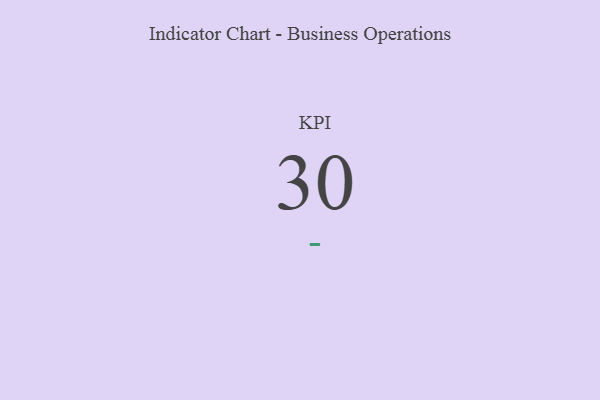
{"axis": {"x": "KPI", "y": "Value"}, "legend": [""], "data": [{"x": "KPI", "y": 30, "type": ""}]}